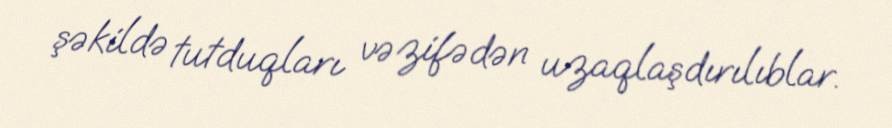
şəkildə tutduqları vəzifədən uzaqlaşdırılıblar.